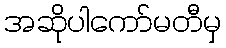
အဆိုပါကော်မတီမှ